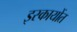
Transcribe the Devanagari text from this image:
इस्कायोंत